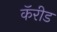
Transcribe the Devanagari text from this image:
कॅरीड